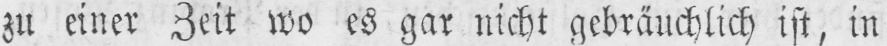
zu einer Zeit wo es gar nicht gebräuchlich ist, in